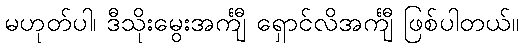
မဟုတ်ပါ၊ ဒီသိုးမွေးအင်္ကျီ ရှောင်လိအင်္ကျီ ဖြစ်ပါတယ်။